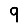
Digit: 9